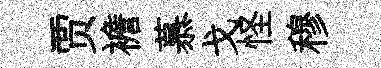
贾襜慕戈怪穆